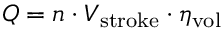
Q = n \cdot V _ { \mathrm { s t r o k e } } \cdot \eta _ { \mathrm { v o l } }